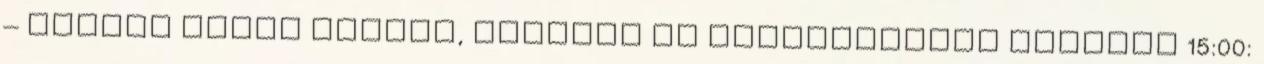
– Molnár Tamás kutató, Külügyi és Külgazdasági Intézet 15:00: